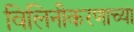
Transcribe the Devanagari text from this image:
विलिनीकरणाच्या